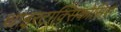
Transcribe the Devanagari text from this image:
थाइरटाक्सिकोसिस